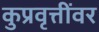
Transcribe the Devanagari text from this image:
कुप्रवृत्तींवर